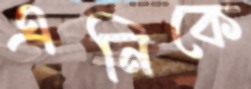
এনিকে